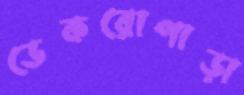
ডেকরোপাড়া